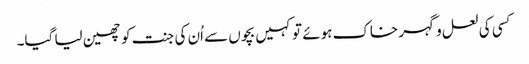
کسی کی لعل و گہر خاک ہوئے تو کہیں بچوں سے اُن کی جنت کو چھین لیا گیا۔